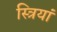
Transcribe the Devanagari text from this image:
स्‍त्रियां